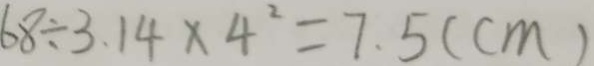
6 8 \div 3 . 1 4 \times 4 ^ { 2 } = 7 . 5 ( c m )